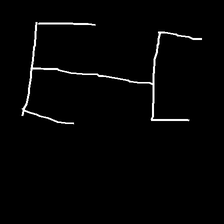
Glyph: entwine